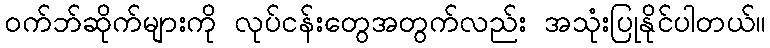
ဝက်ဘ်ဆိုက်များကို လုပ်ငန်းတွေအတွက်လည်း အသုံးပြုနိုင်ပါတယ်။